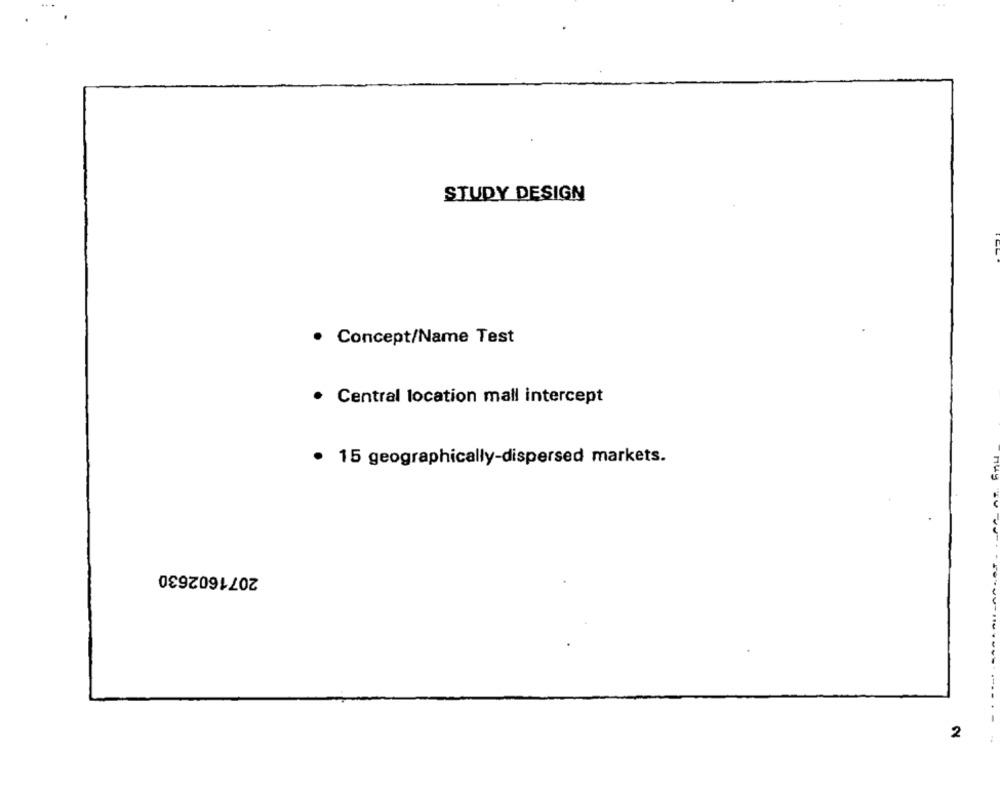
STUDY DESIGN
Concept/Name Test
· Central location mall intercept
· 15 geographically-dispersed markets.
2071602630
2